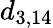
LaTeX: d_{3,14}